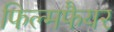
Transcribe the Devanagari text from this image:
फिल्मफैयर